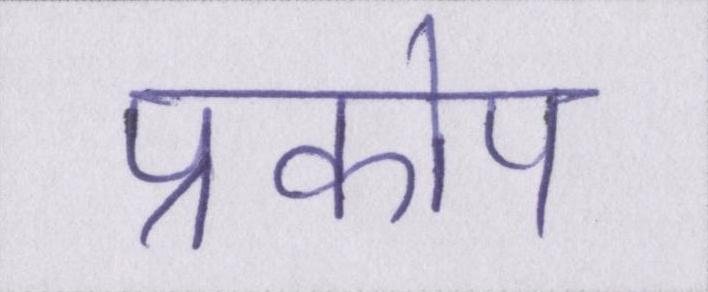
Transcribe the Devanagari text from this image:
प्रकोप